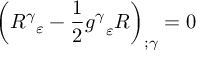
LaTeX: \left( { R ^ { \gamma } } _ { \varepsilon } - { \frac { 1 } { 2 } } { g ^ { \gamma } } _ { \varepsilon } R \right) _ { ; \gamma } = 0